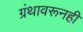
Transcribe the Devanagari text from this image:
ग्रंथावरूनही